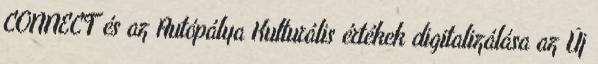
CONNECT és az Autópálya Kulturális értékek digitalizálása az Új